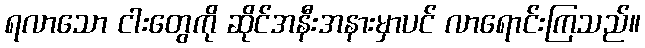
ရလာသော ငါးတွေကို ဆိုင်အနီးအနားမှာပင် လာရောင်းကြသည်။